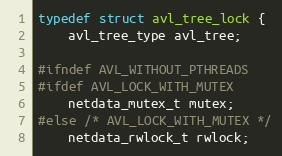
Language: C
typedef struct avl_tree_lock {
    avl_tree_type avl_tree;

#ifndef AVL_WITHOUT_PTHREADS
#ifdef AVL_LOCK_WITH_MUTEX
    netdata_mutex_t mutex;
#else /* AVL_LOCK_WITH_MUTEX */
    netdata_rwlock_t rwlock;